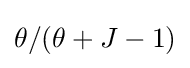
\theta /(\theta +J-1)